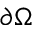
\partial \Omega